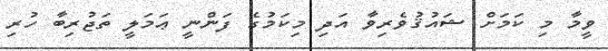
ވީމާ މި ކަމަށް ޝައުޤުވެރިވާ އަދި މިކަމުގެ ފަންނީ ޢަމަލީ ތަޖުރިބާ ހުރި